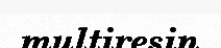
multiresin